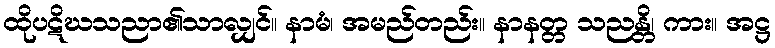
ထိုပဋိဃသညာ၏သာလျှင်။ နာမံ၊ အမည်တည်း။ နာနတ္တ သညန္တိ၊ ကား။ အဋ္ဌ